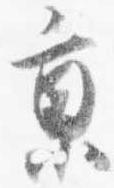
京